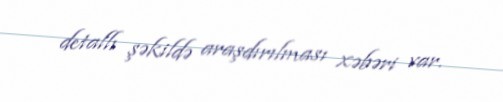
detallı şəkildə araşdırılması xəbəri var.